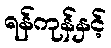
ရန်ကုန်နှင့်